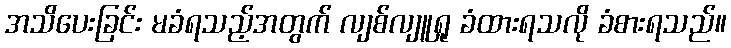
အသိပေးခြင်း မခံရသည့်အတွက် လျစ်လျူရှု ခံထားရသလို ခံစားရသည်။